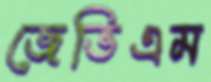
জেভিএম